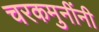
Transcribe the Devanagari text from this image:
चरकमुनींनी